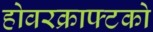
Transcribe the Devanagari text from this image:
होवरक्राफ्टको